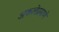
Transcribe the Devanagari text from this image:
अकलेप्रमाणे